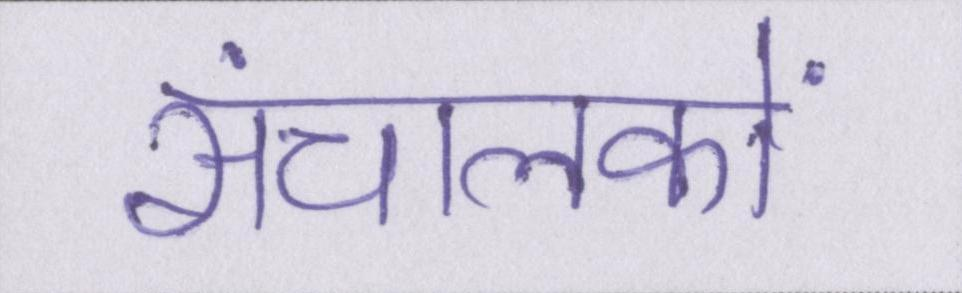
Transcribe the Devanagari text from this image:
संचालकों